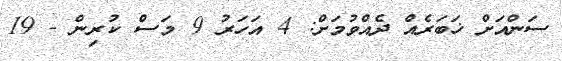
ސަންއަށް ޚަބަރެއް ދެއްވުމަށް: 4 އަހަރު 9 މަސް ކުރިން - 19